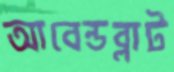
আবেন্ডব্লাট